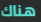
هناك